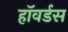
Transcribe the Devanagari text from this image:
हॉवर्डस